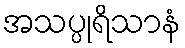
အသပ္ပုရိသာနံ